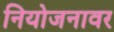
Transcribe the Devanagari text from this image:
नियोजनावर